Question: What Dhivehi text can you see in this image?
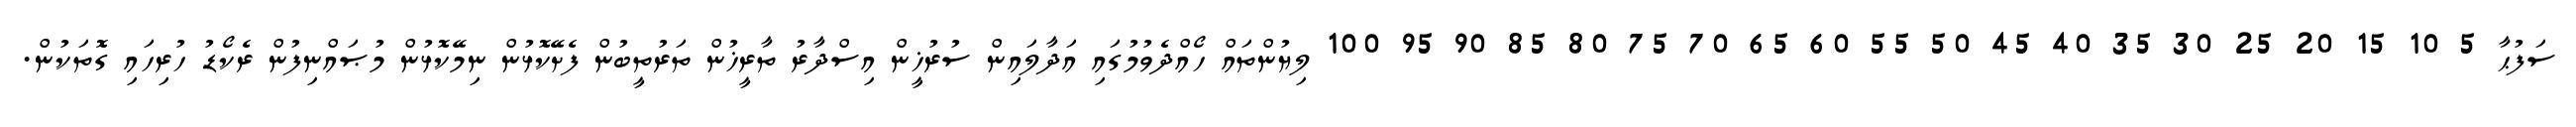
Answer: ސަފުޙާ 5 10 15 20 25 30 35 40 45 50 55 60 65 70 75 80 85 90 95 100 ލިޔުންތައް ހޯއްދެވުމުގައި އަދާލައިން ސުރުޚީން އިސްދާރު ތާރީޚުން ތަރުތީބުން ފެށޭކޮޅުން ނިމޭކޮޅުން މުޞައްނިފުން ރެކޯޑު ހުރިހައި ގޮތަކުން.